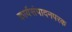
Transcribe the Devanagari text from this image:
कार्यसंपादनपरक